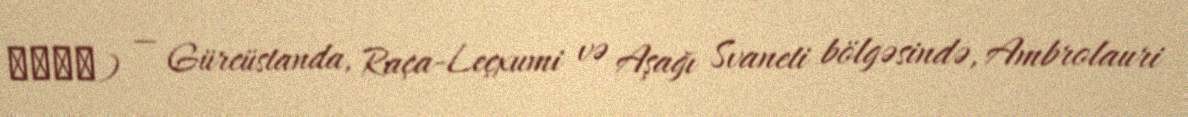
ბაჯი) — Gürcüstanda, Raça-Leçxumi və Aşağı Svaneti bölgəsində, Ambrolauri